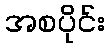
အစပိုင်း